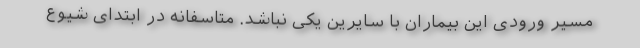
مسیر ورودی این بیماران با سایرین یکی نباشد. متاسفانه در ابتدای شیوع